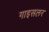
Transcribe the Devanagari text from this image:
गाइसलर